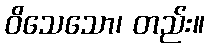
ဝိသေသော၊ တည်း။